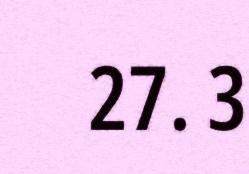
27. 3